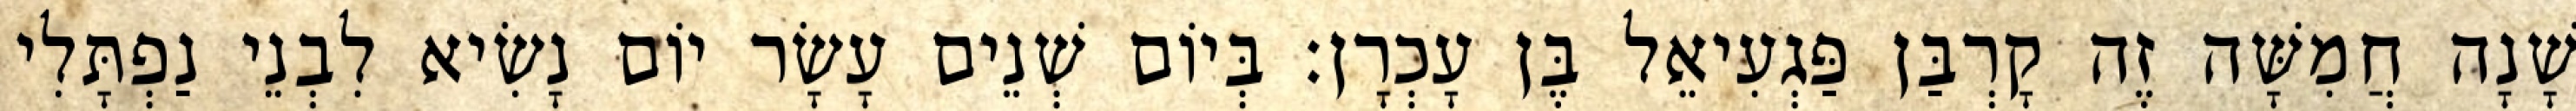
שָׁנָה חֲמִשָּׁה זֶה קָרְבַּן פַּגְעִיאֵל בֶּן עָכְרָן׃ בְּיוֹם שְׁנֵים עָשָׂר יוֹם נָשִׂיא לִבְנֵי נַפְתָּלִי